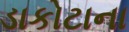
ડાકોટાના